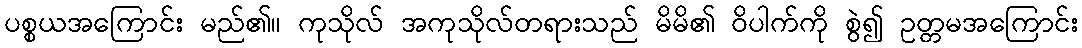
ပစ္စယအကြောင်း မည်၏။ ကုသိုလ် အကုသိုလ်တရားသည် မိမိ၏ ဝိပါက်ကို စွဲ၍ ဥတ္တမအကြောင်း